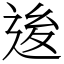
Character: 𨒥